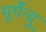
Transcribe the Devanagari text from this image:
पूर्गेन्दू